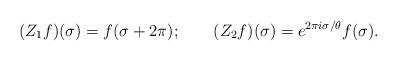
LaTeX: \begin{align*}(Z_1 f)(\sigma) = f(\sigma + 2\pi); \qquad(Z_2 f)(\sigma) = e^{2 \pi i \sigma/\theta} f(\sigma).\end{align*}